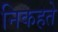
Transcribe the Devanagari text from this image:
निकहते